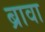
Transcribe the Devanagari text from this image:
ब्रावा